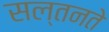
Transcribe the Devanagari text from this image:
सल्तनते